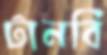
টানবি